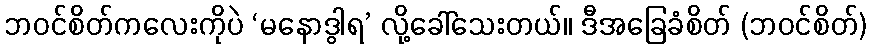
ဘဝင်စိတ်ကလေးကိုပဲ ‘မနောဒွါရ’ လို့ခေါ်သေးတယ်။ ဒီအခြေခံစိတ် (ဘဝင်စိတ်)